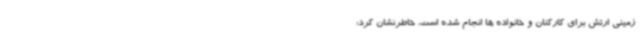
زمینی ارتش برای کارکنان و خانواده ها انجام شده است، خاطرنشان کرد: